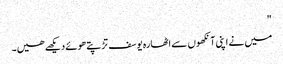
"
میں نے اپنی آنکھوں سے اٹھارہ یوسف تڑپتے ھوئے دیکھے ھیں۔